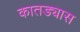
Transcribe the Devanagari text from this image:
कातड्यास